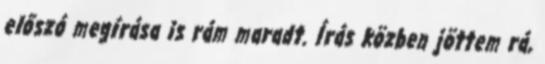
előszó megírása is rám maradt. Írás közben jöttem rá,